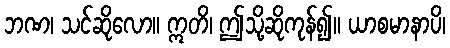
ဘဏ၊ သင်ဆိုလော။ ဣတိ၊ ဤသို့ဆိုကုန်၍။ ယာစမာနာပိ၊